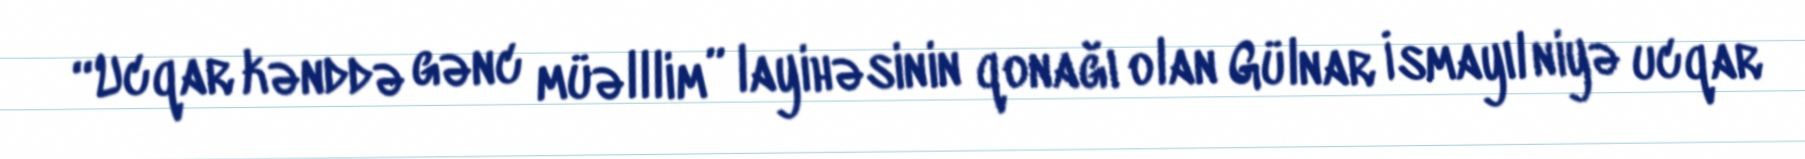
“Ucqar kənddə gənc müəlllim” layihəsinin qonağı olan Gülnar İsmayıl niyə ucqar